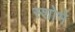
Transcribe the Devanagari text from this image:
स्शोभे